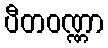
ပီတဝဏ္ဏာ